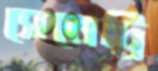
সেমেট্রি